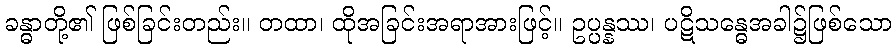
ခန္ဓာတို့၏ ဖြစ်ခြင်းတည်း။ တထာ၊ ထိုအခြင်းအရာအားဖြင့်။ ဥပ္ပန္နဿ၊ ပဋိသန္ဓေအခါ၌ဖြစ်သော